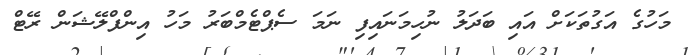
މަހުގެ އަގުތަކަށް އައި ބަދަލު ނުހިމަނައިފި ނަމަ ސެޕްޓެމްބަރު މަހު އިންފްލޭޝަން ރޭޓް